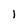
Character: 1